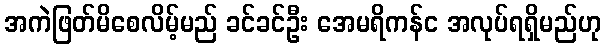
အကဲဖြတ်မိစေလိမ့်မည် ခင်ခင်ဦး အေမရိကန်င အလုပ်ရရှိမည်ဟု